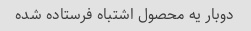
دوبار یه محصول اشتباه فرستاده شده